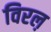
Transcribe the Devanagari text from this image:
विरल़